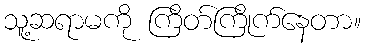
သူ့ဆရာမကို ကြိတ်ကြိုက်နေတာ။